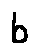
b